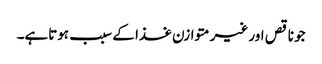
جو ناقص اور غیر متوازن غذا کے سبب ہوتاہے۔